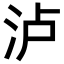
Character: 泸